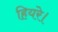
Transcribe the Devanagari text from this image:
हियरे।